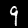
Label: 9